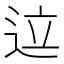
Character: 𬨢